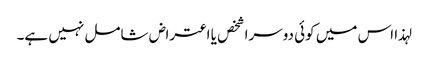
لہذا اس میں کوئی دوسرا شخص یا اعتراض شامل نہیں ہے۔